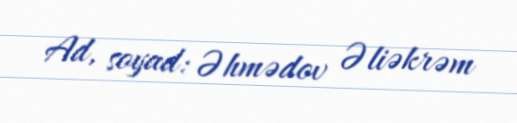
Ad, soyad: Əhmədov Əliəkrəm